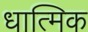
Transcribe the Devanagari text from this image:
धात्मिक